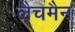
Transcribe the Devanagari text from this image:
लैचमैन